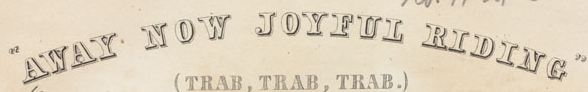
"AWAY NOW JOYFUL RIDING"